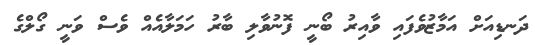
ދަނޑިއަށް އަމާޒުވެފައި ވާއިރު ބޯނީ ފޮނުވާލި ބާރު ހަމަލާއެއް ވެސް ވަނީ ގޯލްގެ